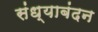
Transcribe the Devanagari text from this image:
संध्याबंदन